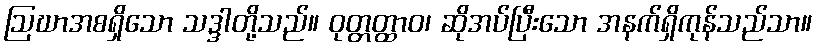
ဩဃာအစရှိသော သဒ္ဒါတို့သည်။ ဝုတ္တတ္ထာဝ၊ ဆိုအပ်ပြီးသော အနက်ရှိကုန်သည်သာ။